Indian journal of veterinary science and animal husbandry - Volumes 26-27, 1956-1957
Year: 1956
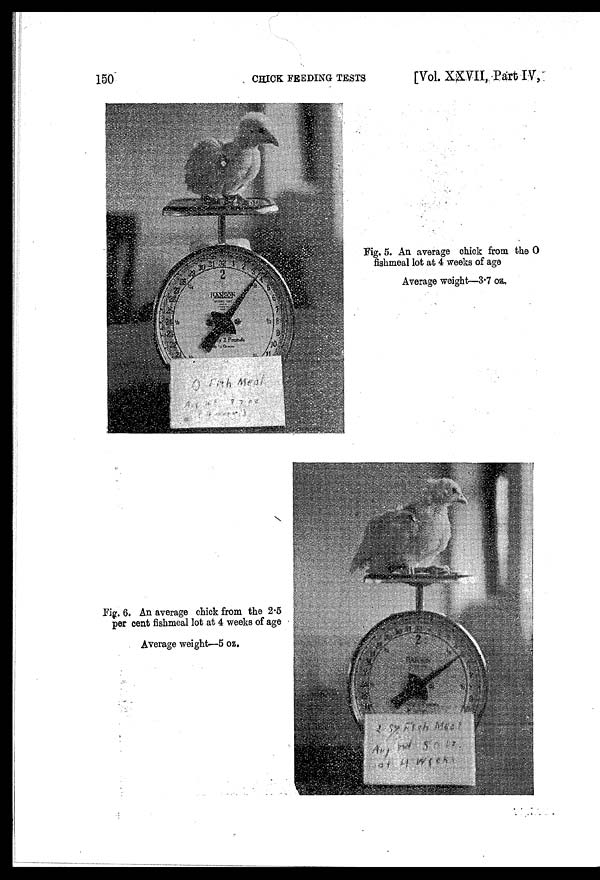
150
CHICK
FEEDING
TESTS
[Vol. XXVII, Part IV,
Fig. 5. An average chick from the O
fishmeal lot at 4 weeks of age
Average weight—3.7 oz.
Fig. 6. An average chick from the 2.5
per cent fishmeal lot at 4 weeks of age
Average weight—5 oz.